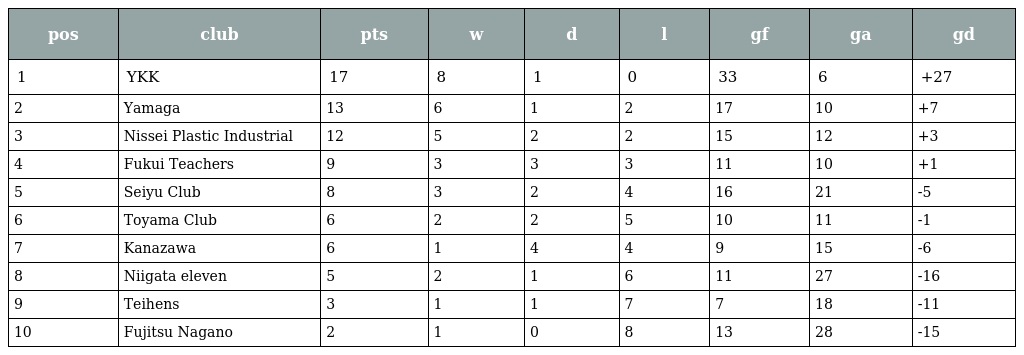
| pos | club | pts | w | d | l | gf | ga | gd |
 | --- | --- | --- | --- | --- | --- | --- | --- | --- |
 | 1 | YKK | 17 | 8 | 1 | 0 | 33 | 6 | +27 |
 | 2 | Yamaga | 13 | 6 | 1 | 2 | 17 | 10 | +7 |
 | 3 | Nissei Plastic Industrial | 12 | 5 | 2 | 2 | 15 | 12 | +3 |
 | 4 | Fukui Teachers | 9 | 3 | 3 | 3 | 11 | 10 | +1 |
 | 5 | Seiyu Club | 8 | 3 | 2 | 4 | 16 | 21 | -5 |
 | 6 | Toyama Club | 6 | 2 | 2 | 5 | 10 | 11 | -1 |
 | 7 | Kanazawa | 6 | 1 | 4 | 4 | 9 | 15 | -6 |
 | 8 | Niigata eleven | 5 | 2 | 1 | 6 | 11 | 27 | -16 |
 | 9 | Teihens | 3 | 1 | 1 | 7 | 7 | 18 | -11 |
 | 10 | Fujitsu Nagano | 2 | 1 | 0 | 8 | 13 | 28 | -15 |